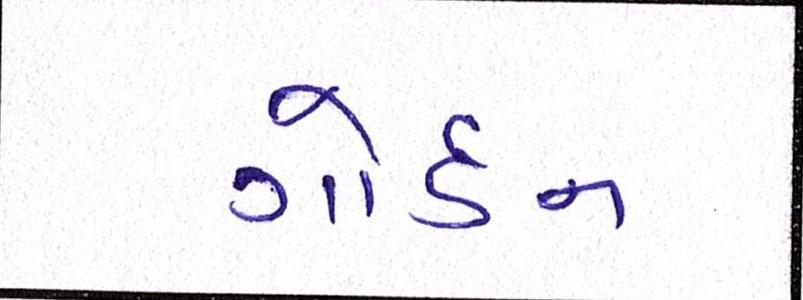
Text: ગોર્ડન